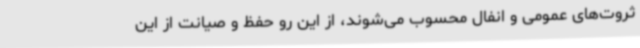
ثروت‌های عمومی و انفال محسوب می‌شوند، از این رو حفظ و صیانت از این